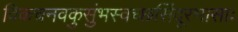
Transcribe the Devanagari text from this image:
विकचनवकुसुंभस्वच्छसिंदूरभासाः